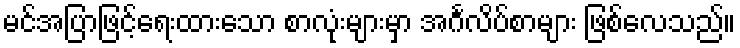
မင်အပြာဖြင့်ရေးထားသော စာလုံးများမှာ အင်္ဂလိပ်စာများ ဖြစ်လေသည်။